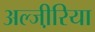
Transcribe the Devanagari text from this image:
अल्जी़रिया